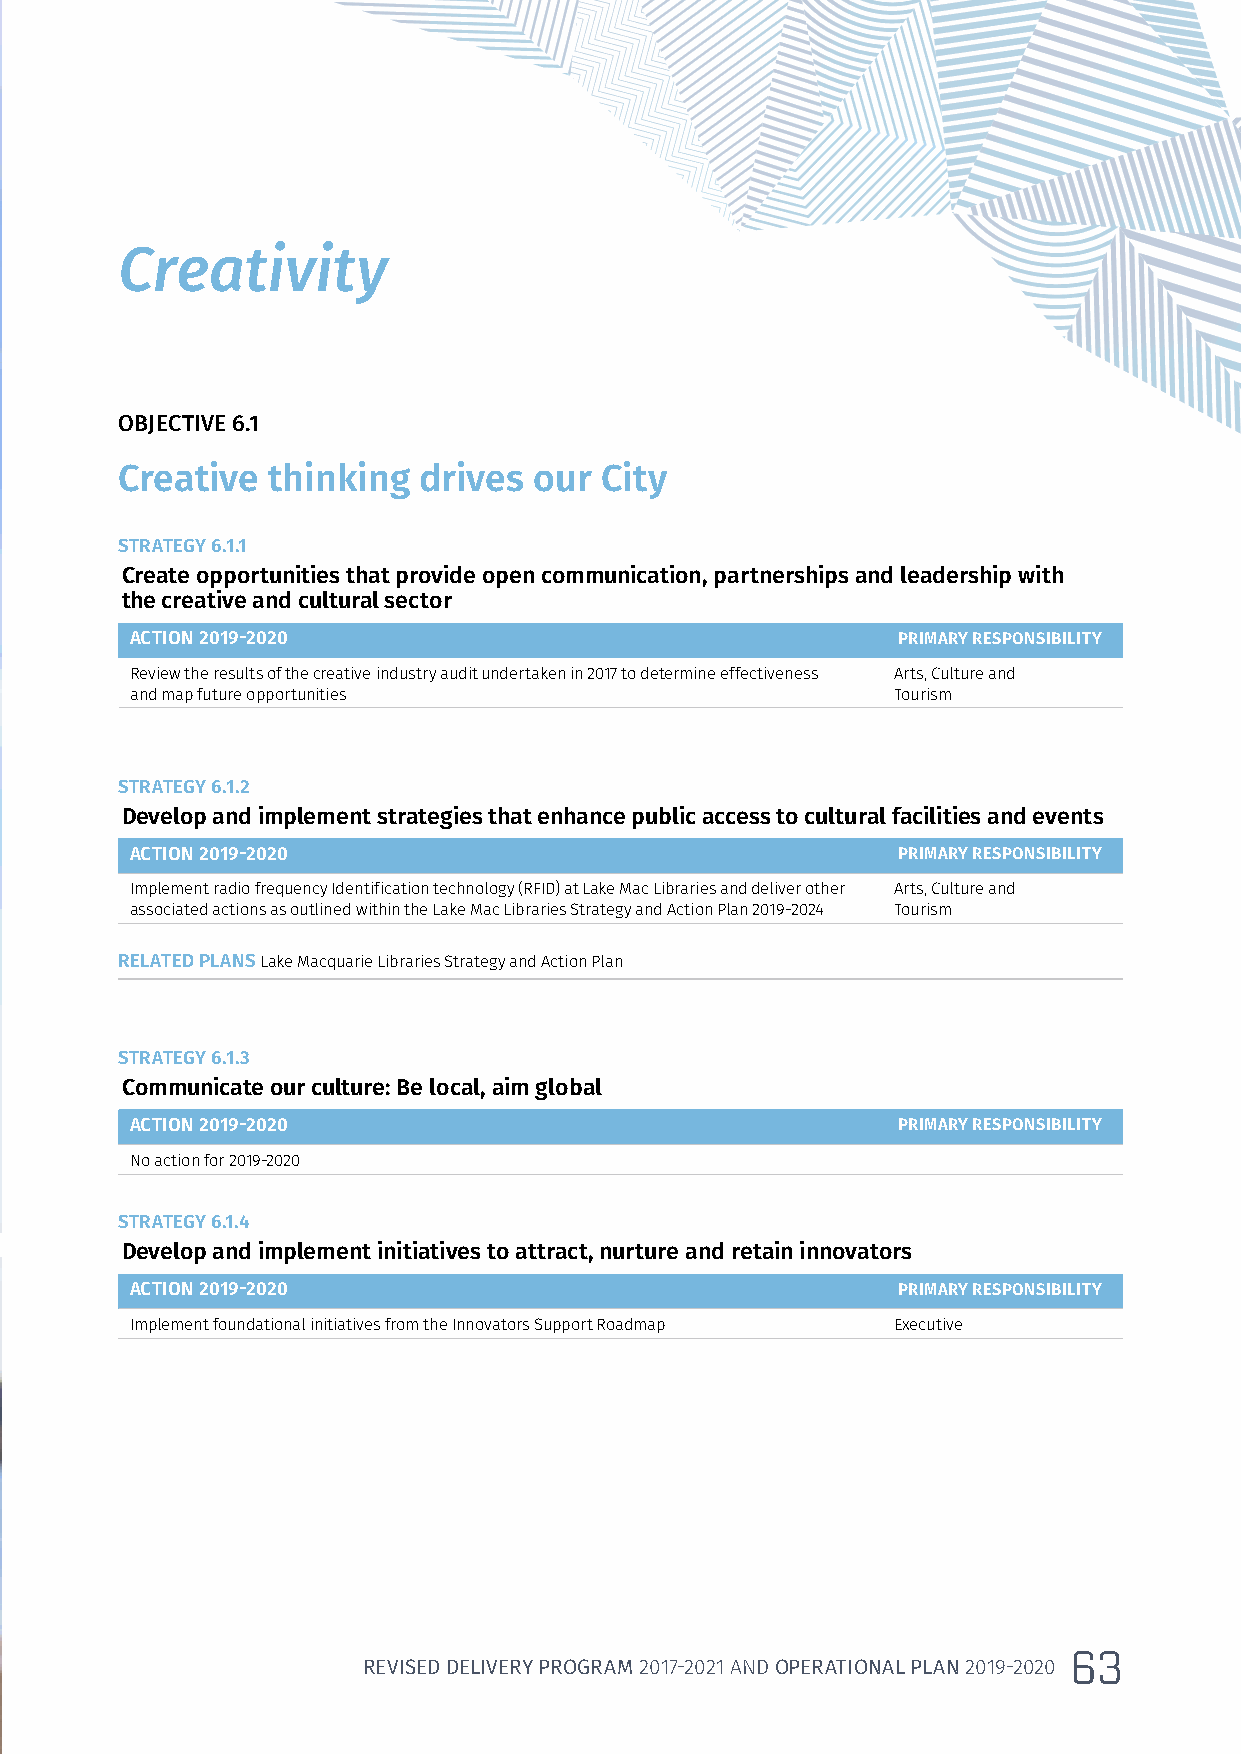
Creativity
 OBJECTIVE 6.1
 Creative  thinking  drives our  City
 STRATEGY 6.1.1
 Create opportunities that provide open communication, partnerships and leadership with
 the creative and cultural sector
 ACTION 2019-2020                                  PRIMARY RESPONSIBILITY
 Review the results of the creative industry audit undertaken in 2017 to determine effectiveness Arts, Culture and
 and map future opportunities                      Tourism
 STRATEGY 6.1.2
 Develop and implement strategies that enhance public access to cultural facilities and events
 ACTION 2019-2020                                  PRIMARY RESPONSIBILITY
 Implement radio frequency Identification technology (RFID) at Lake Mac Libraries and deliver other Arts, Culture and
 associated actions as outlined within the Lake Mac Libraries Strategy and Action Plan 2019-2024 Tourism
 RELATED PLANS Lake Macquarie Libraries Strategy and Action Plan
 STRATEGY 6.1.3
 Communicate our culture: Be local, aim global
 ACTION 2019-2020                                  PRIMARY RESPONSIBILITY
 No action for 2019-2020
 STRATEGY 6.1.4
 Develop and implement initiatives to attract, nurture and retain innovators
 ACTION 2019-2020                                  PRIMARY RESPONSIBILITY
 Implement foundational initiatives from the Innovators Support Roadmap Executive
 63
 REVISED DELIVERY PROGRAM 2017-2021 AND OPERATIONAL PLAN 2019-2020